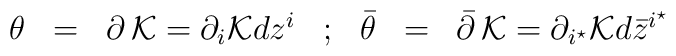
\begin{array}{ccccccc}{\theta}& = &  \partial  \,{\cal K} =  \partial_i {\cal K}dz^{i} & ; &{\bar \theta}& = &   {\bar \partial}  \, {\cal K} =\partial_{i^\star} {\cal K}d{\bar z}^{i^\star}\cr\end{array}